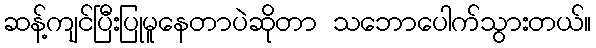
ဆန့်ကျင်ပြီးပြုမူနေတာပဲဆိုတာ သဘောပေါက်သွားတယ်။